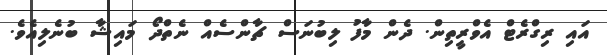
އައި ރިގްރެޓް އެވްރީތިން. ދެން މާފު ލިބުނަސް ޗާންސެއް ނެތްދޯ މައިޝާ ބުނެލިއެވެ.